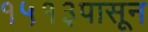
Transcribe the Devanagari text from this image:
१५१३पासून